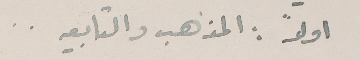
اولاً : المذهب والتابعيه..